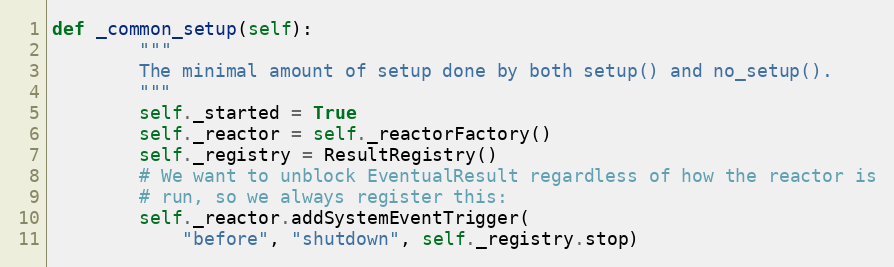
Language: Python
def _common_setup(self):
        """
        The minimal amount of setup done by both setup() and no_setup().
        """
        self._started = True
        self._reactor = self._reactorFactory()
        self._registry = ResultRegistry()
        # We want to unblock EventualResult regardless of how the reactor is
        # run, so we always register this:
        self._reactor.addSystemEventTrigger(
            "before", "shutdown", self._registry.stop)